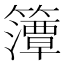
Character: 𮆨